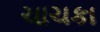
ચાચકા